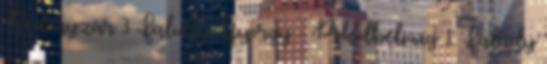
Redőnyzár 3 Faludy György - Pokolbéli víg 1 Faludy